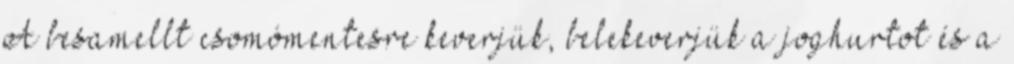
A besamellt csomómentesre keverjük, belekeverjük a joghurtot és a